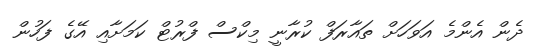
ދެން އެންމެ އަވަހަށް ތައާރަފް ކުރާނީ މިކްސް ފްރުޓް ކަމަށާއި އޭގެ ފަހުން